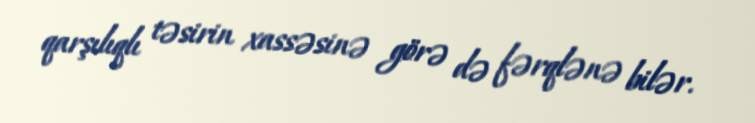
qarşılıqlı təsirin xassəsinə görə də fərqlənə bilər.